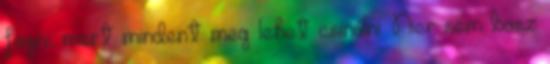
fogni, mert mindent meg lehet csinálni. Nier sem basz